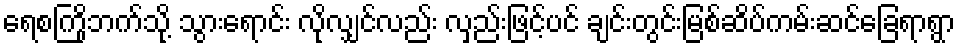
ရေစကြိုဘက်သို့ သွားရောင်း လိုလျှင်လည်း လှည်းဖြင့်ပင် ချင်းတွင်းမြစ်ဆိပ်ကမ်းဆင်ခြေရာရွာ